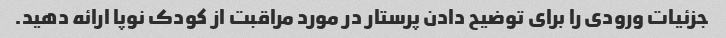
جزئیات ورودی را برای توضیح دادن پرستار در مورد مراقبت از کودک نوپا ارائه دهید.